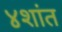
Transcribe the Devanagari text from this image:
४शांत